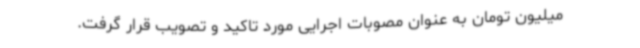
میلیون تومان به عنوان مصوبات اجرایی مورد تاکید و تصویب قرار گرفت.